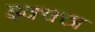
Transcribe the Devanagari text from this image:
इक्क्ठा